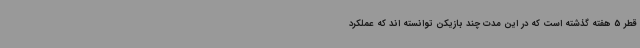
قطر 5 هفته گذشته است که در این مدت چند بازیکن توانسته اند که عملکرد